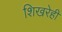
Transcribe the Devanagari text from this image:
शिखरेही